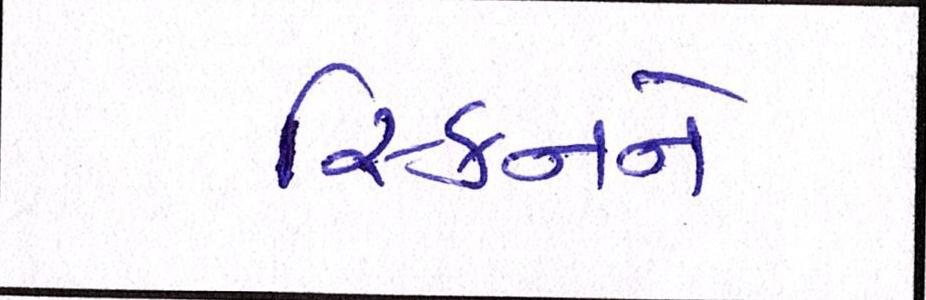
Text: સ્કિનને